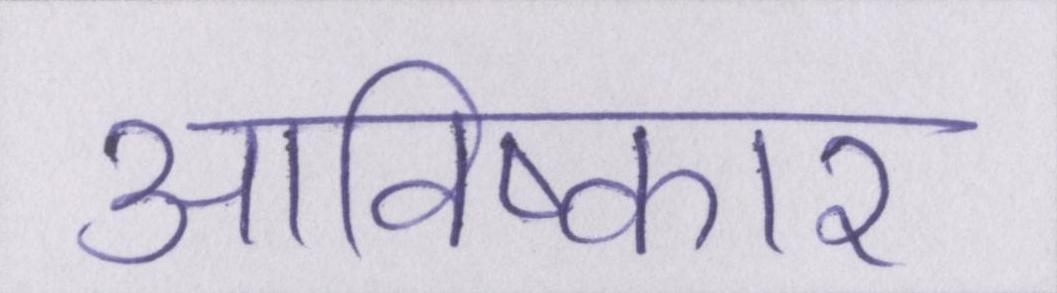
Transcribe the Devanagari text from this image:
आविष्कार